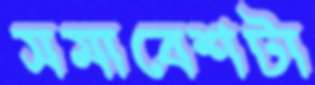
সমাবেশটা